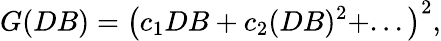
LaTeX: G(DB)=\left(c_{1}DB+c_{2}(DB)^{2}+...\right)^{2},